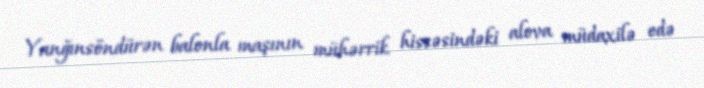
Yanğınsöndürən balonla maşının mühərrik hissəsindəki alova müdaxilə edə